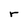
Character: r